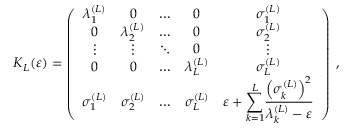
{ \boldsymbol { K } } _ { L } ( \varepsilon ) = \left( \begin{array} { c c c c c } { \lambda _ { 1 } ^ { \left( L \right) } } & { 0 } & { \ldots } & { 0 } & { \sigma _ { 1 } ^ { \left( L \right) } } \\ { 0 } & { \lambda _ { 2 } ^ { \left( L \right) } } & { \ldots } & { 0 } & { \sigma _ { 2 } ^ { \left( L \right) } } \\ { \vdots } & { \vdots } & { \ddots } & { 0 } & { \vdots } \\ { 0 } & { 0 } & { \ldots } & { \lambda _ { L } ^ { \left( L \right) } } & { \sigma _ { L } ^ { \left( L \right) } } \\ { \sigma _ { 1 } ^ { \left( L \right) } } & { \sigma _ { 2 } ^ { \left( L \right) } } & { \ldots } & { \sigma _ { L } ^ { \left( L \right) } } & { \varepsilon + \displaystyle { \sum _ { k = 1 } ^ { L } } \frac { \left( \sigma _ { k } ^ { \left( L \right) } \right) ^ { 2 } } { \lambda _ { k } ^ { \left( L \right) } - \varepsilon } } \end{array} \right) \; , \